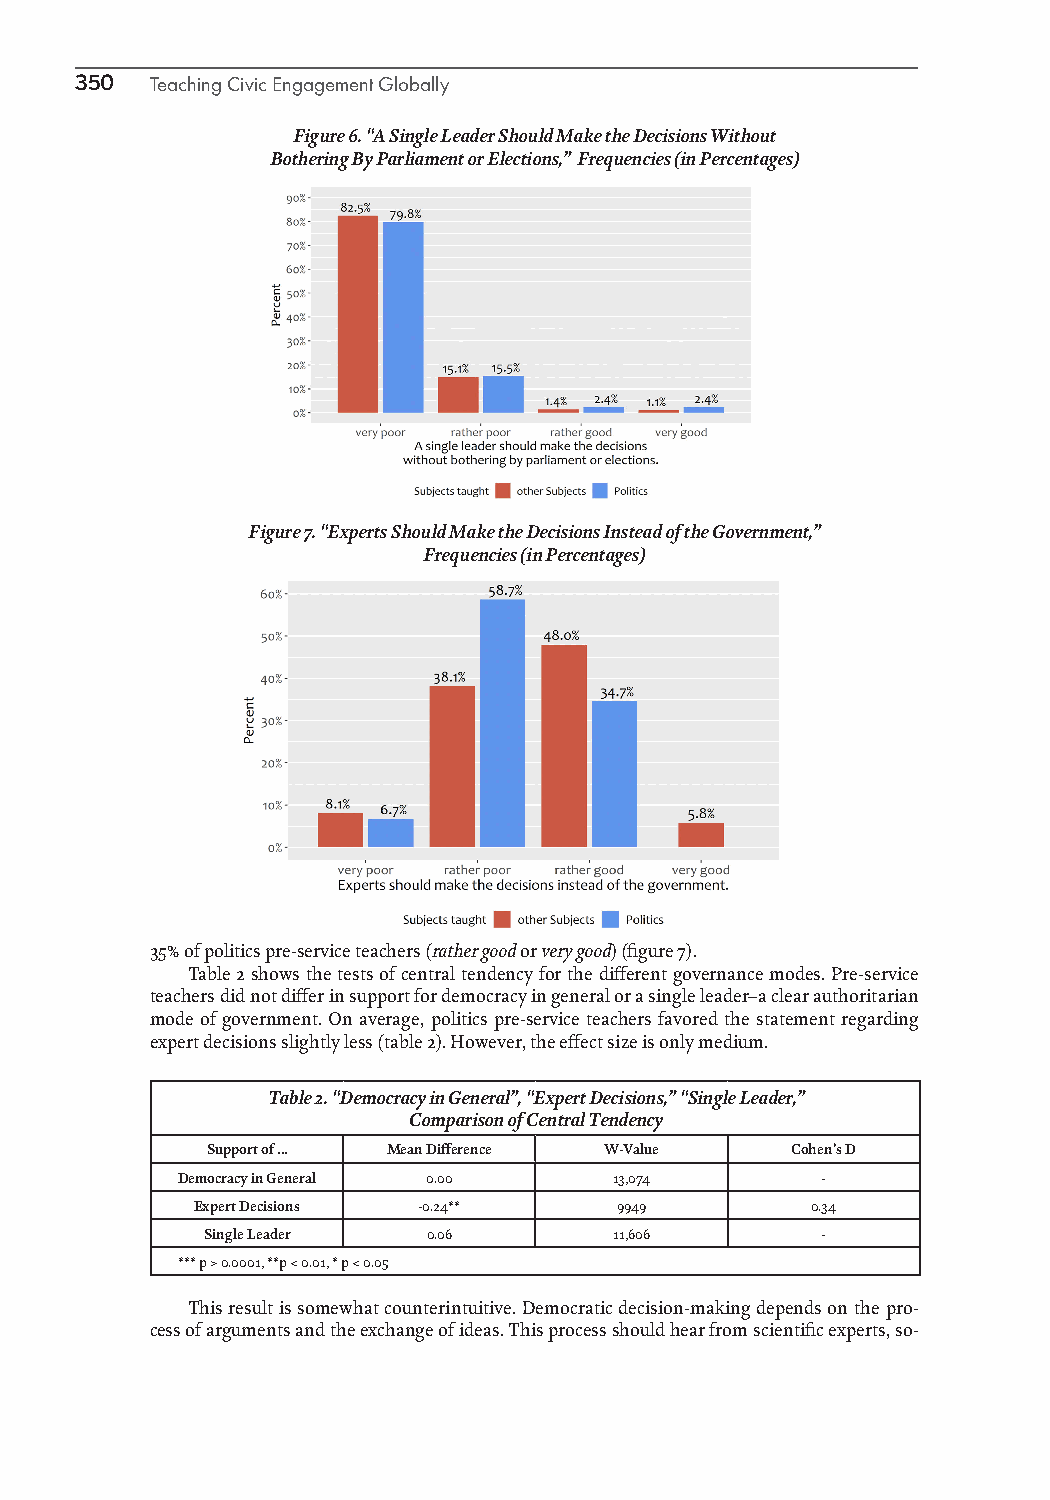
350  Teaching Civic Engagement Globally
 Figure 6. “A Single Leader Should Make the Decisions Without
 Bothering By Parliament or Elections,” Frequencies (in Percentages)
 Figure 7. “Experts Should Make the Decisions Instead of the Government,”
 Frequencies (in Percentages)
 35% of politics pre-service teachers (rather good or very good) (figure 7).
 Table 2 shows the tests of central tendency for the different governance modes. Pre-service
 teachers did not differ in support for democracy in general or a single leader–a clear authoritarian
 mode of government. On average, politics pre-service teachers favored the statement regarding
 expert decisions slightly less (table 2). However, the effect size is only medium.
 Table 2. “Democracy in General”, “Expert Decisions,” “Single Leader,”
 Comparison of Central Tendency
 Support of ... Mean Difference W-Value Cohen’s D
 Democracy in General 0.00    13,074       -
 Expert Decisions -0.24**    9949         0.34
 Single Leader 0.06         11,606       -
 *** p > 0.0001, **p < 0.01, * p < 0.05
 This result is somewhat counterintuitive. Democratic decision-making depends on the pro-
 cess of arguments and the exchange of ideas. This process should hear from scientific experts, so-